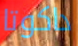
داكوتا